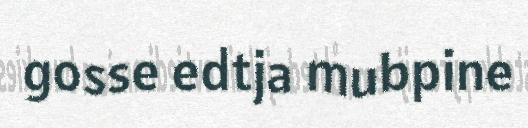
gosse edtja mubpine